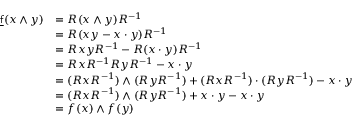
{ \begin{array} { r l } { { \underline { { \mathsf { f } } } } ( x \wedge y ) } & { = R ( x \wedge y ) R ^ { - 1 } } \\ & { = R ( x y - x \cdot y ) R ^ { - 1 } } \\ & { = R x y R ^ { - 1 } - R ( x \cdot y ) R ^ { - 1 } } \\ & { = R x R ^ { - 1 } R y R ^ { - 1 } - x \cdot y } \\ & { = ( R x R ^ { - 1 } ) \wedge ( R y R ^ { - 1 } ) + ( R x R ^ { - 1 } ) \cdot ( R y R ^ { - 1 } ) - x \cdot y } \\ & { = ( R x R ^ { - 1 } ) \wedge ( R y R ^ { - 1 } ) + x \cdot y - x \cdot y } \\ & { = f ( x ) \wedge f ( y ) } \end{array} }